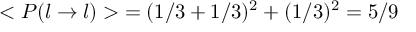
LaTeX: < P ( l \rightarrow l ) > \; = ( 1 / 3 + 1 / 3 ) ^ { 2 } + ( 1 / 3 ) ^ { 2 } = 5 / 9